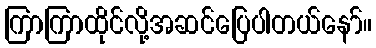
ကြာကြာထိုင်လို့အဆင်ပြေပါတယ်နော်။